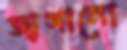
জাগানো